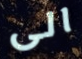
الى